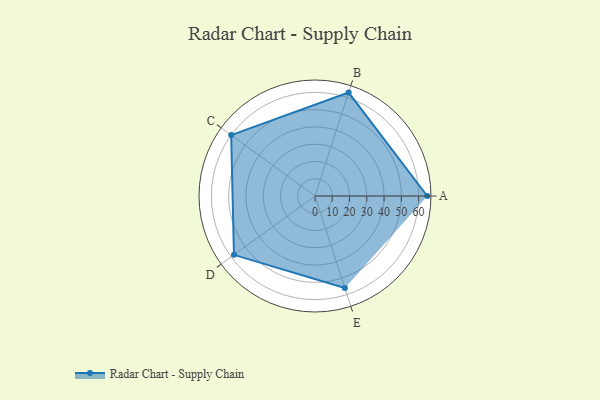
{"axis": {"x": "Skill", "y": "Score"}, "legend": ["Profile"], "data": [{"x": "A", "y": 65.0, "type": "Profile"}, {"x": "B", "y": 63.0, "type": "Profile"}, {"x": "C", "y": 60.0, "type": "Profile"}, {"x": "D", "y": 58.0, "type": "Profile"}, {"x": "E", "y": 56.0, "type": "Profile"}]}